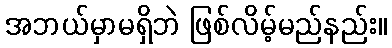
အဘယ်မှာမရှိဘဲ ဖြစ်လိမ့်မည်နည်း။